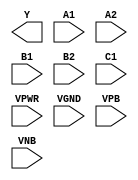
module sky130_fd_sc_ms__o221ai (
    Y   ,
    A1  ,
    A2  ,
    B1  ,
    B2  ,
    C1  ,
    VPWR,
    VGND,
    VPB ,
    VNB
);

    output Y   ;
    input  A1  ;
    input  A2  ;
    input  B1  ;
    input  B2  ;
    input  C1  ;
    input  VPWR;
    input  VGND;
    input  VPB ;
    input  VNB ;
endmodule